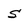
Character: S